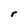
Character: r